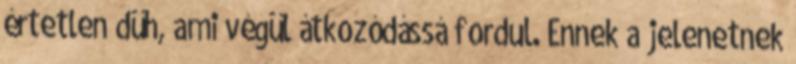
értetlen düh, ami végül átkozódássá fordul. Ennek a jelenetnek